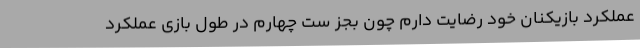
عملکرد بازیکنان خود رضایت دارم چون بجز ست چهارم در طول بازی عملکرد